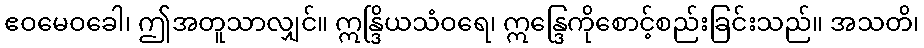
ဧဝမေဝခေါ၊ ဤအတူသာလျှင်။ ဣန္ဒြိယသံဝရေ၊ ဣန္ဒြေကိုစောင့်စည်းခြင်းသည်။ အသတိ၊